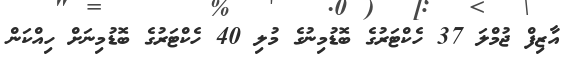
އާޒިފް ޖުމްލަ 37 ހެކްޓަރުގެ ބޮޑުމިނުގެ މުލި 40 ހެކްޓަރުގެ ބޮޑުމިނަށް ހިއްކަން